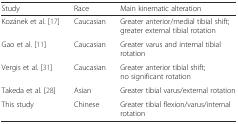
<table><thead><tr><td><b>Study</b></td><td><b>Race</b></td><td><b>Main kinematic alteration</b></td></tr></thead><tbody><tr><td>Kozánek et al. [17]</td><td>Caucasian</td><td>Greater anterior/medial tibial shift; greater external tibial rotation</td></tr><tr><td>Gao et al. [11]</td><td>Caucasian</td><td>Greater varus and internal tibial rotation</td></tr><tr><td>Vergis et al. [31]</td><td>Caucasian</td><td>Greater anterior tibial shift; no significant rotation</td></tr><tr><td>Takeda et al. [28]</td><td>Asian</td><td>Greater tibial varus/external rotation</td></tr><tr><td>This study</td><td>Chinese</td><td>Greater tibial flexion/varus/internal rotation</td></tr></tbody></table>